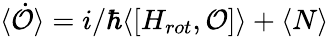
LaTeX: \langle\mathcal{\dot{O}}\rangle=i/\hbar\langle[H_{rot},\mathcal{O}]\rangle+\langle N\rangle